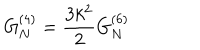
G _ { N } ^ { ( 4 ) } = \frac { 3 k ^ { 2 } } { 2 } G _ { N } ^ { ( 6 ) }